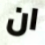
ان